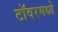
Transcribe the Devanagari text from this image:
टॉवरमध्ये